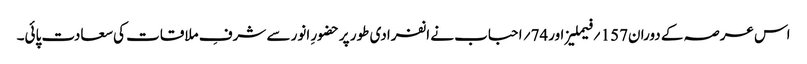
اس عرصہ کے دوران157 ؍فیملیز اور74؍ احباب نے انفرادی طور پرحضورِ انور سے شرفِ ملاقات کی سعادت پائی۔